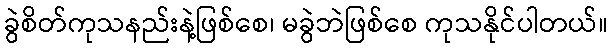
ခွဲစိတ်ကုသနည်းနဲ့ဖြစ်စေ၊ မခွဲဘဲဖြစ်စေ ကုသနိုင်ပါတယ်။